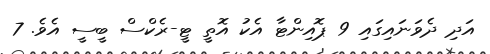
އަދި ދެވަނައިގައި 9 ޕޮއިންޓާ އެކު އޮތީ ޓީ-ރެކްސް ބީސީ އެވެ. 7